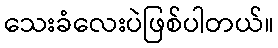
သေးခံလေးပဲဖြစ်ပါတယ်။